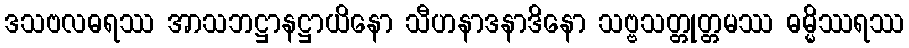
ဒသဗလဓရဿ အာသဘဋ္ဌာနဋ္ဌာယိနော သီဟနာဒနာဒိနော သဗ္ဗသတ္တုတ္တမဿ ဓမ္မိဿရဿ